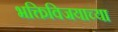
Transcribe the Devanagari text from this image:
भक्तिविजयाच्या